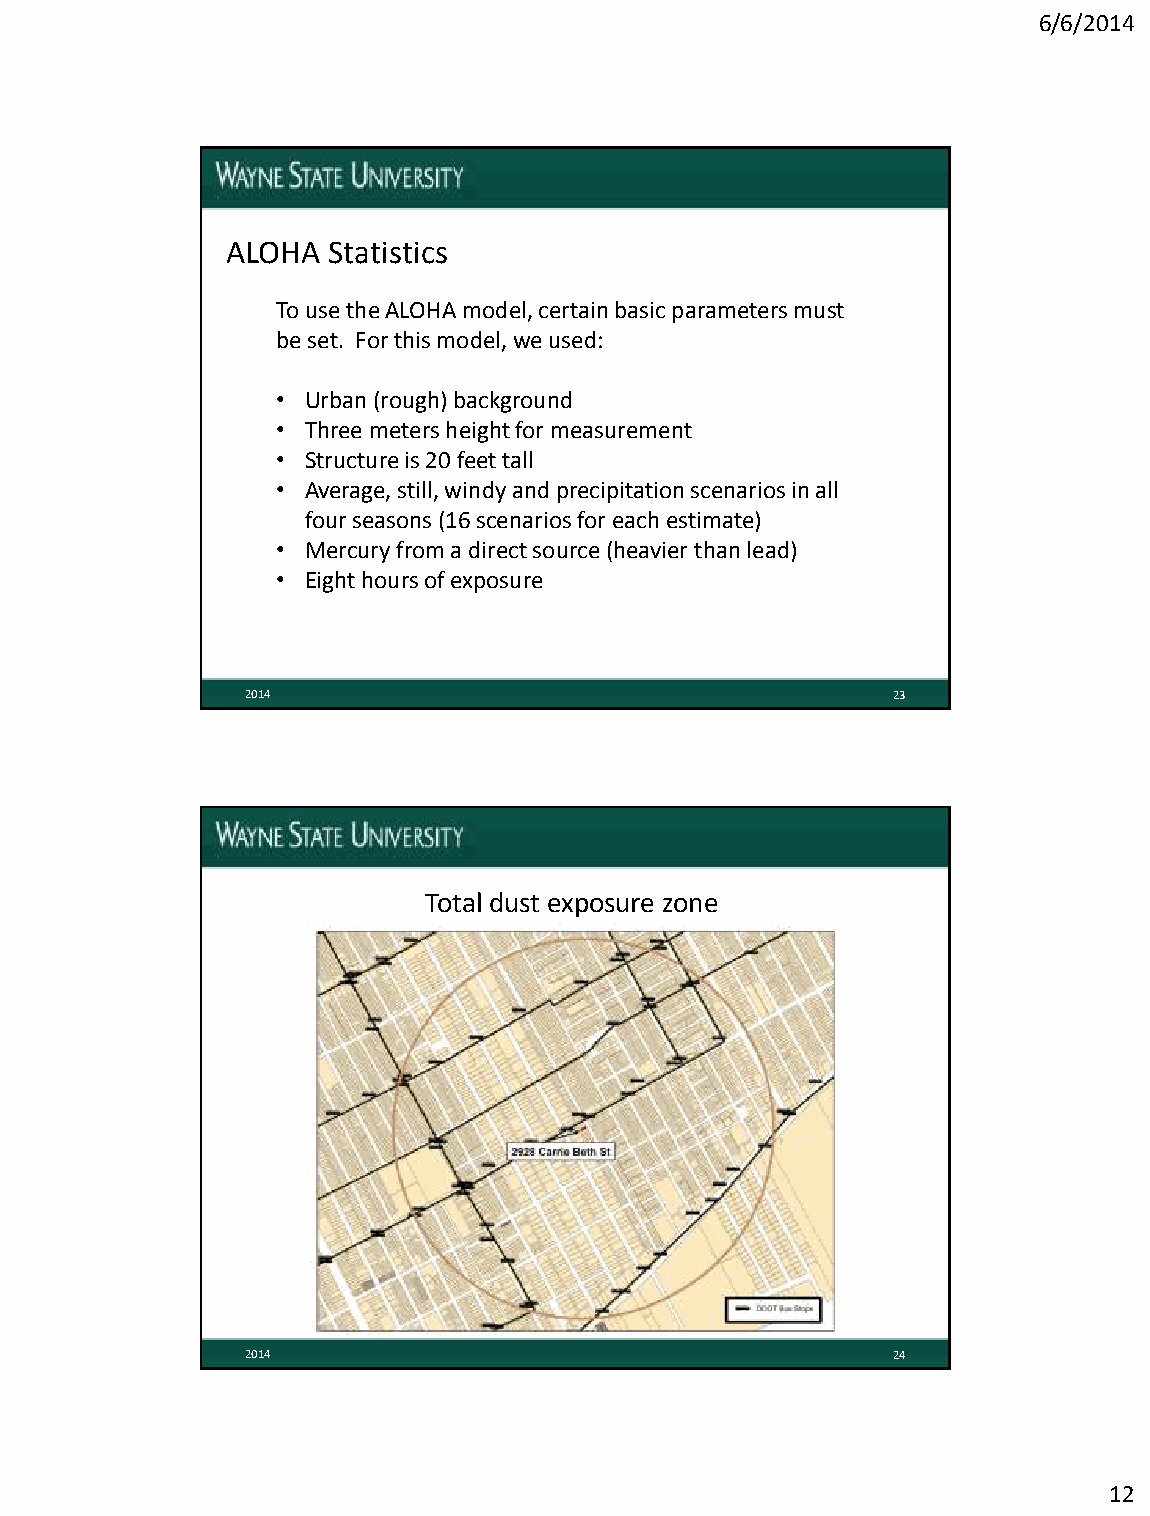
6/6/2014
 ALOHA  Statistics
 To use the ALOHA model, certain basic parameters must
 be set. For this model, we used:
 • Urban (rough) background
 • Three meters height for measurement
 • Structure is 20 feet tall
 • Average, still, windy and precipitation scenarios in all
 four seasons (16 scenarios for each estimate)
 • Mercury from a direct source (heavier than lead)
 • Eight hours of exposure
 2014                                       23
 Total dust exposure zone
 2014                                       24
 12